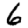
Digit: 6